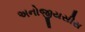
અનોજીયસીસ